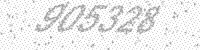
Solution: 905328